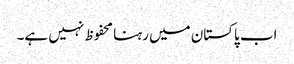
اب پاکستان میں رہنا محفوظ نہیں ہے۔